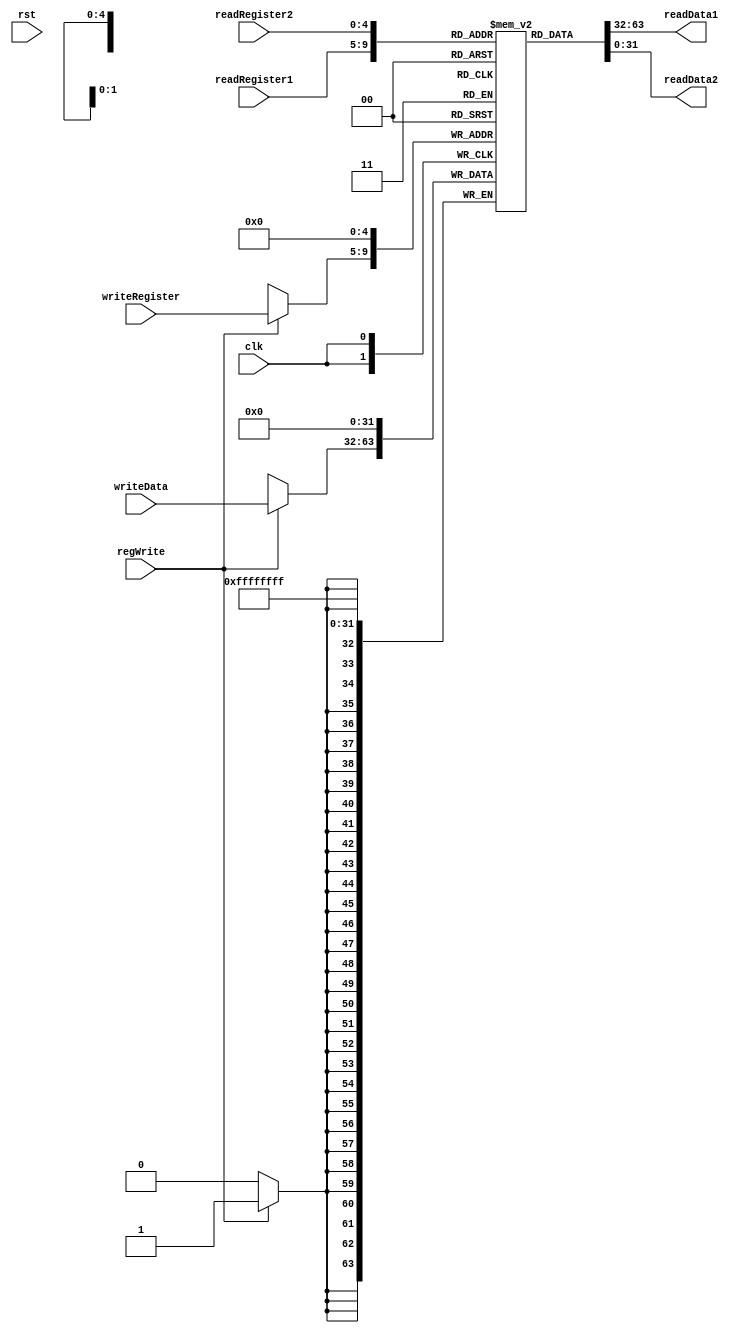

module register_file(clk, rst, regWrite, readRegister1, readRegister2, writeRegister, writeData, 
					readData1, readData2);
	input wire clk, rst;
	input wire regWrite;
	input wire[4:0] readRegister1, readRegister2, writeRegister;
	input wire[31:0] writeData;
	output wire[31:0] readData1, readData2;
    
    reg[31:0] regs[0:31];
    assign readData1 = regs[readRegister1];
    assign readData2 = regs[readRegister2];

    always @(posedge clk) begin
        regs[32'b0] = 0;
        if (regWrite) regs[writeRegister] = writeData;
    end
	

endmodule // register_file